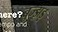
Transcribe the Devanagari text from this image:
बुज्झड़